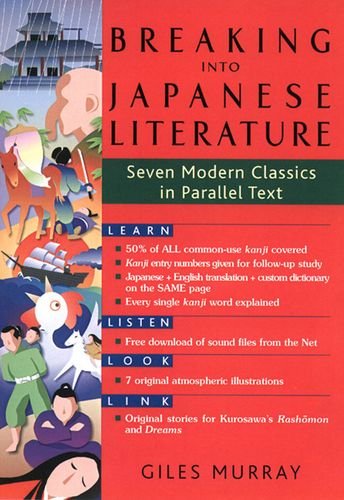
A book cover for Breaking into Japanese Literature: Seven Modern Classics in Parallel Text; Giles Murray; Literature & Fiction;